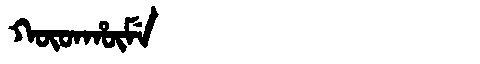
Manchu: ᡴᡡᡨᡥᡡᠮᡝ
Romanization: KŪTHŪME